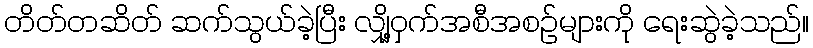
တိတ်တဆိတ် ဆက်သွယ်ခဲ့ပြီး လျှို့ဝှက်အစီအစဉ်များကို ရေးဆွဲခဲ့သည်။